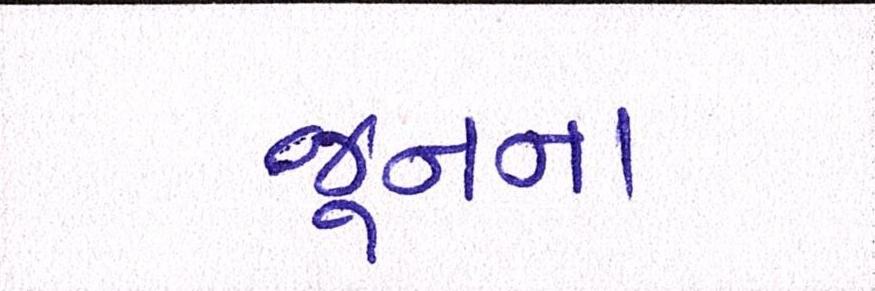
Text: જૂનના